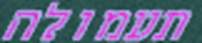
תעמולה